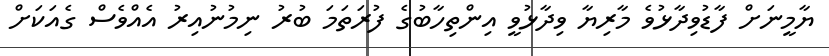
ޔާމީނަށް ފާޑުވިދާޅުވެ މާރިޔާ ވިދާޅުވީ އިންތިހާބުގެ ފުރަތަމަ ބުރު ނިމުނުއިރު އެއްވެސް ގެއަކަށް